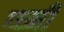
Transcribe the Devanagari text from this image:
प्च्मी